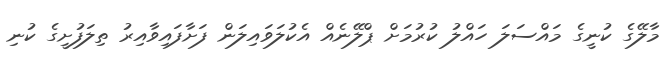
މާލޭގެ ކުނީގެ މައްސަލަ ހައްލު ކުރުމަށް ޕްލޭނެއް އެކުލަވައިލަން ފަށާފައިވާއިރު ތިލަފުށީގެ ކުނި